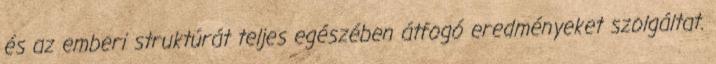
és az emberi struktúrát teljes egészében átfogó eredményeket szolgáltat.